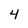
Character: 4